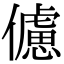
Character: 儢